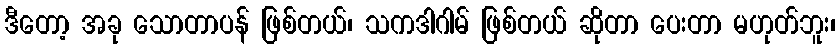
ဒီတော့ အခု သောတာပန် ဖြစ်တယ်၊ သကဒါဂါမ် ဖြစ်တယ် ဆိုတာ ပေးတာ မဟုတ်ဘူး၊